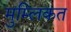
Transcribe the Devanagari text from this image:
मुम्लिकत